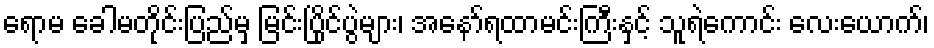
ရောမ ခေါမတိုင်းပြည်မှ မြင်းပြိုင်ပွဲများ၊ အနော်ရထာမင်းကြီးနှင့် သူရဲကောင်း လေးယောက်၊